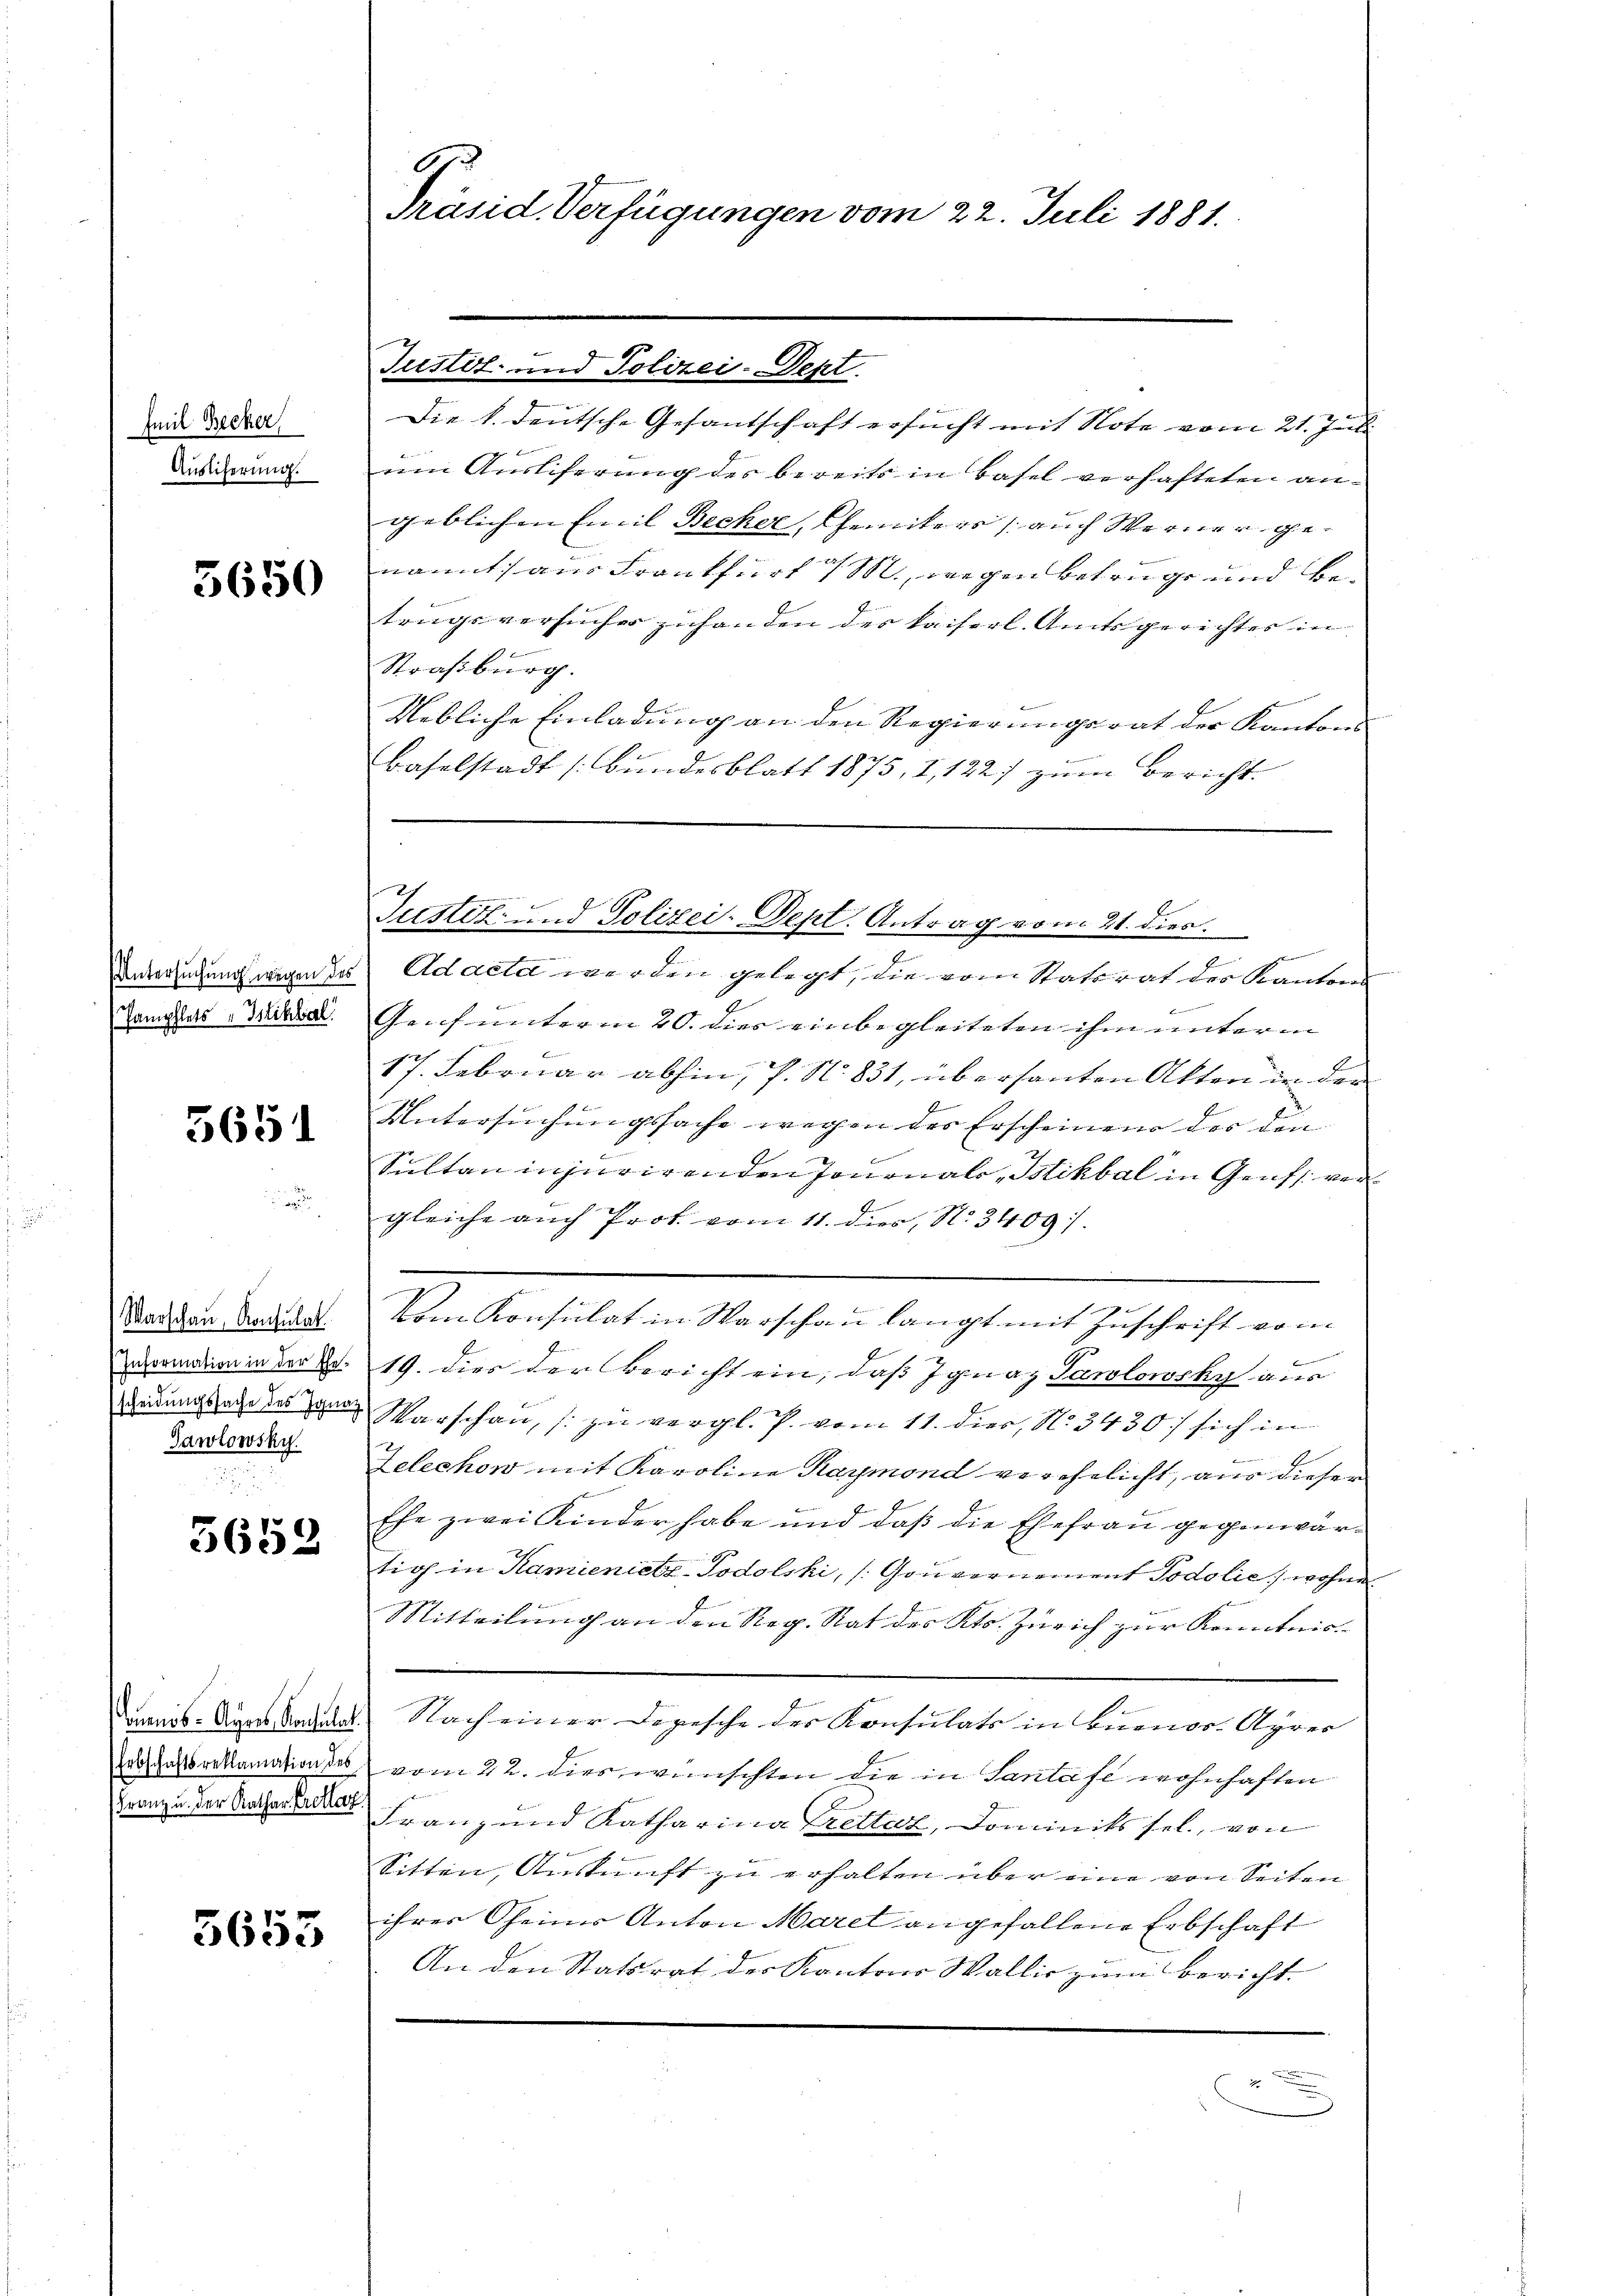
Emil Becker
Auslicherung.

5650

Untersuchung wegen des
Pamphlets „Istihbal

5651

Warschau, Konsulat
Information in der Ehe-
scheidungssache des Ignaz
Gawlowsky.

5652

Couenos-Ayres, Konsulat.
Erbschaftsreklamation des
Franz u. der Kathar Prokla

5653

G.
Präsid. Verfügungen vom 22. Juli 1881.

Justiz- und Polizei-Dekt.
Die 1. deutsche Gesantschaft ersucht mit Note vom 21. Juli
um Auslieferung des bereits in Basel verhafteten angeblichen Emil Becker, Gemiters auch Werner genannt, aus Frankfurt 7 M., wegen betrüge und betrugsversucher zuhanden der kaiserl. Amtsgerichtes in
Straßburg.
Uebliche Einladung an den Regierungsrat der Kantons
Baselstadt (Bundesblatt 1875, I, 122) zum Bericht.
Adacte werden gelegt, die vom Statsrat der Kantons
Burner hier un
Gauf unterm 20. dies einbegleiteten ihm unterm
br
17. Februar abhin, P. No. 831, übersanten Akten in den
Untersuchungssache wegen des Erscheinen des den
Sultan injurirenden Jonanalo, Isikbal in Genf ver
gleiche auch Prot vom 11. dies, N. 3409)
Vom Konsulat in Warschen langt mit Zuschrift von
19. dies der Bericht ein, daß Ignaz Pawlowsky aus
Warschen, zu vergl. P. vom 11. dies, N. 3430/ sich in
Zelechow mit Karoline Raymond verehelicht, aus dieser
Ehe zwei Kinder habe und daß die Ehefrau gegenwärtio in Kamienictz-Podolski, /Gouvernement Podolie, wohne
Mitteilung an den Reg. Rat des Kts. Zürich zur Kenntniss
Nach einer Depesche der Konsulats in Buenos-Ayres
vom 22. dies wünschten die in Santafe wohnhaften
Franz und Katharina Trettaz, Dominiks sel., von
Sitten, Auskunft zu erhalten über eine von Seiten
ihrer Oheims Anton Marel angefallene Erbschaft
An den Statsrat der Kantons Wallis zum Bericht.
x

Justiz- und Polizei-Sept. Antrag vom 21. dies.